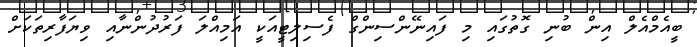
ބީއެމްއެލް އިން ބުނި ގޮތުގައި މި ފައިނޭންސިންގް ފެސިލިޓީއަކީ އަމިއްލަ ފަރުދުންނާއި ވިޔަފާރިތަކަށް